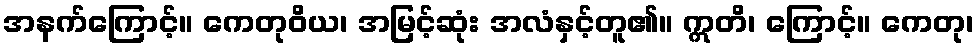
အနက်ကြောင့်။ ကေတုဝိယ၊ အမြင့်ဆုံး အလံနှင့်တူ၏။ ဣတိ၊ ကြောင့်။ ကေတု၊